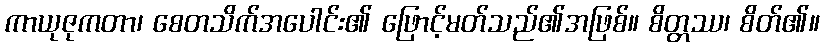
ကာယုဇုကတာ၊ စေတသိက်အပေါင်း၏ ဖြောင့်မတ်သည်၏အဖြစ်။ စိတ္တဿ၊ စိတ်၏။